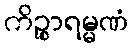
ကိဉ္စာရမ္မဏံ